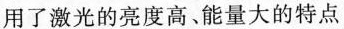
用了激光的亮度高、能量大的特点